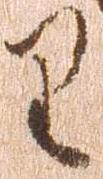
り